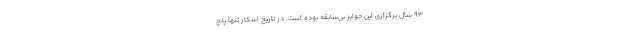
۹۳ سال برگزاری این جوایز بی‌سابقه بوده است. در تاریخ اسکار تنها پنج